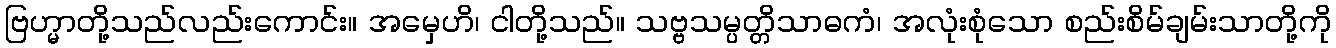
ဗြဟ္မာတို့သည်လည်းကောင်း။ အမှေဟိ၊ ငါတို့သည်။ သဗ္ဗသမ္ပတ္တိသာဓကံ၊ အလုံးစုံသော စည်းစိမ်ချမ်းသာတို့ကို